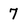
Character: 7